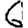
Digit: 6